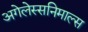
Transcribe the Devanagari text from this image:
अगेलेस्सनिमाल्स